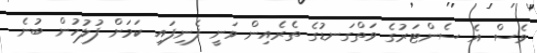
ވެސް އެ ސެންޓަރުގެ ވަތްގަނޑުގެ ތެރެއިން ވަނީ ފެނިފައި ކަމަށް ފުލުހުން ބުނެ